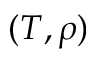
( T , \rho )